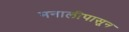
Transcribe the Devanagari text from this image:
मनालीपासून